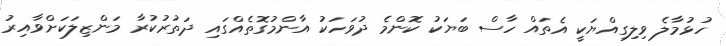
ހުޅުމާލެ ވިލިގިއްޔަކީ އެތައް ހާސް ބަޔަކު ކޮންމެ ދުވަހަކު އާންމުގޮތެއްގައި ދަތުރުކުރާ މަންޒިލަކަށްވާއިރު